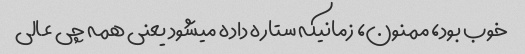
خوب بود، ممنون، زمانیکه ستاره داده میشود یعنی همه چی عالی